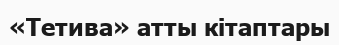
«Тетива» атты кітаптары